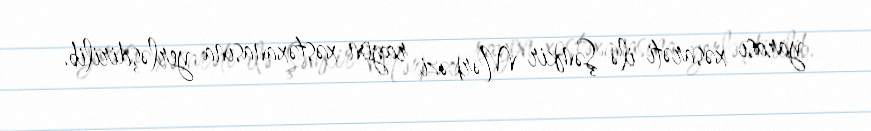
yarası xəsarəti ilə Şəmkir Mərkəzi rayon xəstəxanasına yerləşdirilib.